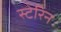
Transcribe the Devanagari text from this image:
स्टेरिन